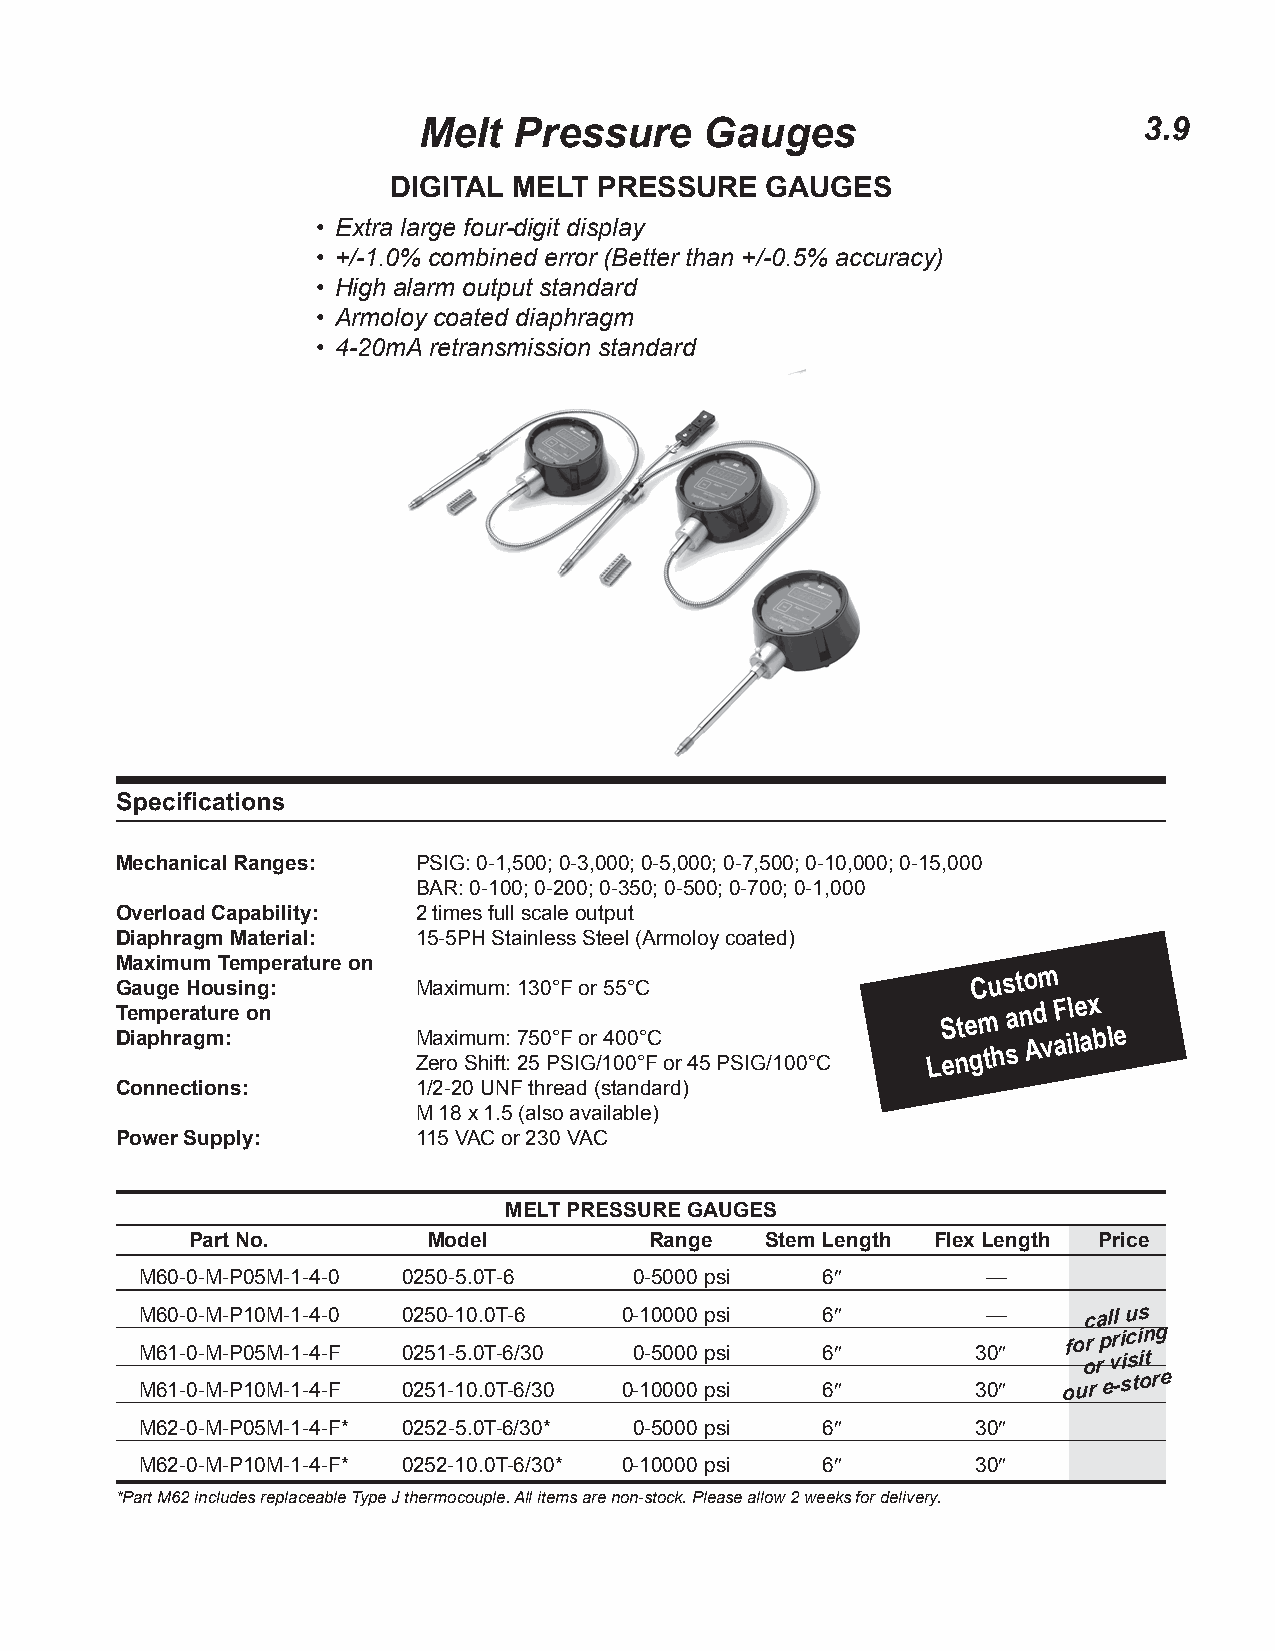
Melt  Pressure     Gauges                       3.9
 DIGITAL MELT  PRESSURE   GAUGES
 • Extra large four-digit display
 • +/-1.0% combined error (Better than +/-0.5% accuracy)
 • High alarm output standard
 • Armoloy coated diaphragm
 • 4-20mA retransmission standard
 Mechanical Ranges:  PSIG: 0-1,500; 0-3,000; 0-5,000; 0-7,500; 0-10,000; 0-15,000
 BAR: 0-100; 0-200; 0-350; 0-500; 0-700; 0-1,000
 Overload Capability: 2 times full scale output
 Diaphragm Material: 15-5PH Stainless Steel (Armoloy coated)
 Maximum Temperature on
 Gauge Housing:      Maximum: 130°F or 55°C
 Custom
 T
 D
 e iam pp he rr aa gt mur :e on
 M Zea rx oi m Su hm ift:
 :
 7 25 50 P° SF Io Gr
 /
 14 00 00 °° FC
 or 45 PSIG/100°C
 LS ente gm
 th
 a sn Ad
 v
 aF il le ax ble
 Connections:        1/2-20 UNF thread (standard)
 M 18 x 1.5 (also available)
 Power Supply:       115 VAC or 230 VAC
 MELT PRESSURE GAUGES
 Part No.        Model          Range   Stem Length Flex Length Price
 M60-0-M-P05M-1-4-0 0250-5.0T-6   0-5000 psi  6″         —
 M60-0-M-P10M-1-4-0 0250-10.0T-6 0-10000 psi  6″         —      call us
 M61-0-M-P05M-1-4-F 0251-5.0T-6/30 0-5000 psi 6″         30″   fo or rp vri ic si in tg
 M61-0-M-P10M-1-4-F 0251-10.0T-6/30 0-10000 psi 6″       30″  our
 e-store
 M62-0-M-P05M-1-4-F* 0252-5.0T-6/30* 0-5000 psi 6″       30″
 M62-0-M-P10M-1-4-F* 0252-10.0T-6/30* 0-10000 psi 6″     30″
 *Part M62 includes replaceable Type J thermocouple. All items are non-stock. Please allow 2 weeks for delivery.